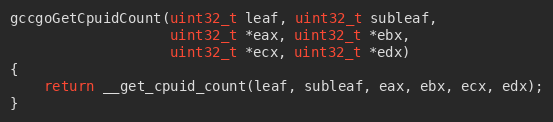
Language: C
gccgoGetCpuidCount(uint32_t leaf, uint32_t subleaf,
                   uint32_t *eax, uint32_t *ebx,
                   uint32_t *ecx, uint32_t *edx)
{
	return __get_cpuid_count(leaf, subleaf, eax, ebx, ecx, edx);
}